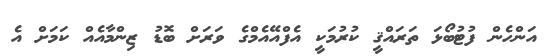
އަންހެން ފުޓުބޯޅަ ތަރައްޤީ ކުރުމަކީ އެފްއޭއެމްގެ ވަރަށް ބޮޑު ޒިންމާއެއް ކަމަށް އެ